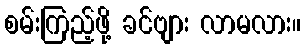
စမ်းကြည့်ဖို့ ခင်ဗျား လာမလား။